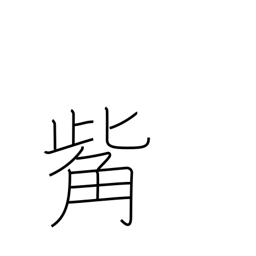
Meaning: beak